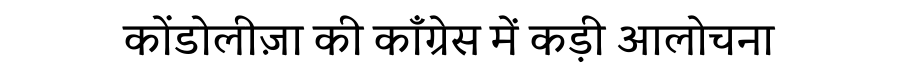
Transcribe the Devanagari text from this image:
कोंडोलीज़ा की कॉंग्रेस में कड़ी आलोचना